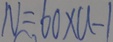
N = 6 0 \times a - 1